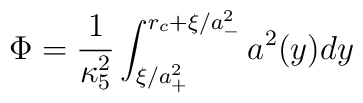
\Phi= \frac{1}{\kappa_5^2}\int_{\xi/a_{+}^2}^{r_c+\xi/a_-^2}a^2(y) dy